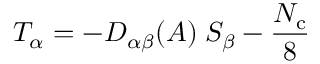
{ \cal T } _ { \alpha } = - D _ { \alpha \beta } ( A ) \; { \cal S } _ { \beta } - \frac { N _ { \mathrm { c } } } 8